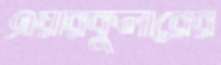
এয়ারকুলারের